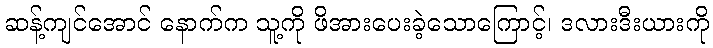
ဆန့်ကျင်အောင် နောက်က သူ့ကို ဖိအားပေးခဲ့သောကြောင့်၊ ဒလားဒီးယားကို